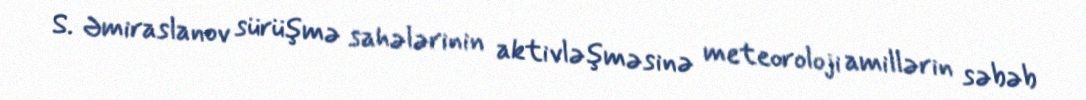
S. Əmiraslanov sürüşmə sahələrinin aktivləşməsinə meteoroloji amillərin səbəb